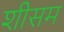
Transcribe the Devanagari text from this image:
शीसम